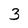
Character: 3